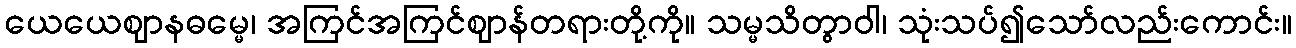
ယေယေဈာနဓမ္မေ၊ အကြင်အကြင်ဈာန်တရားတို့ကို။ သမ္မသိတွာဝါ၊ သုံးသပ်၍သော်လည်းကောင်း။